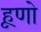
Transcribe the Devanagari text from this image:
हूणो